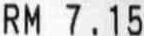
RM 7.15